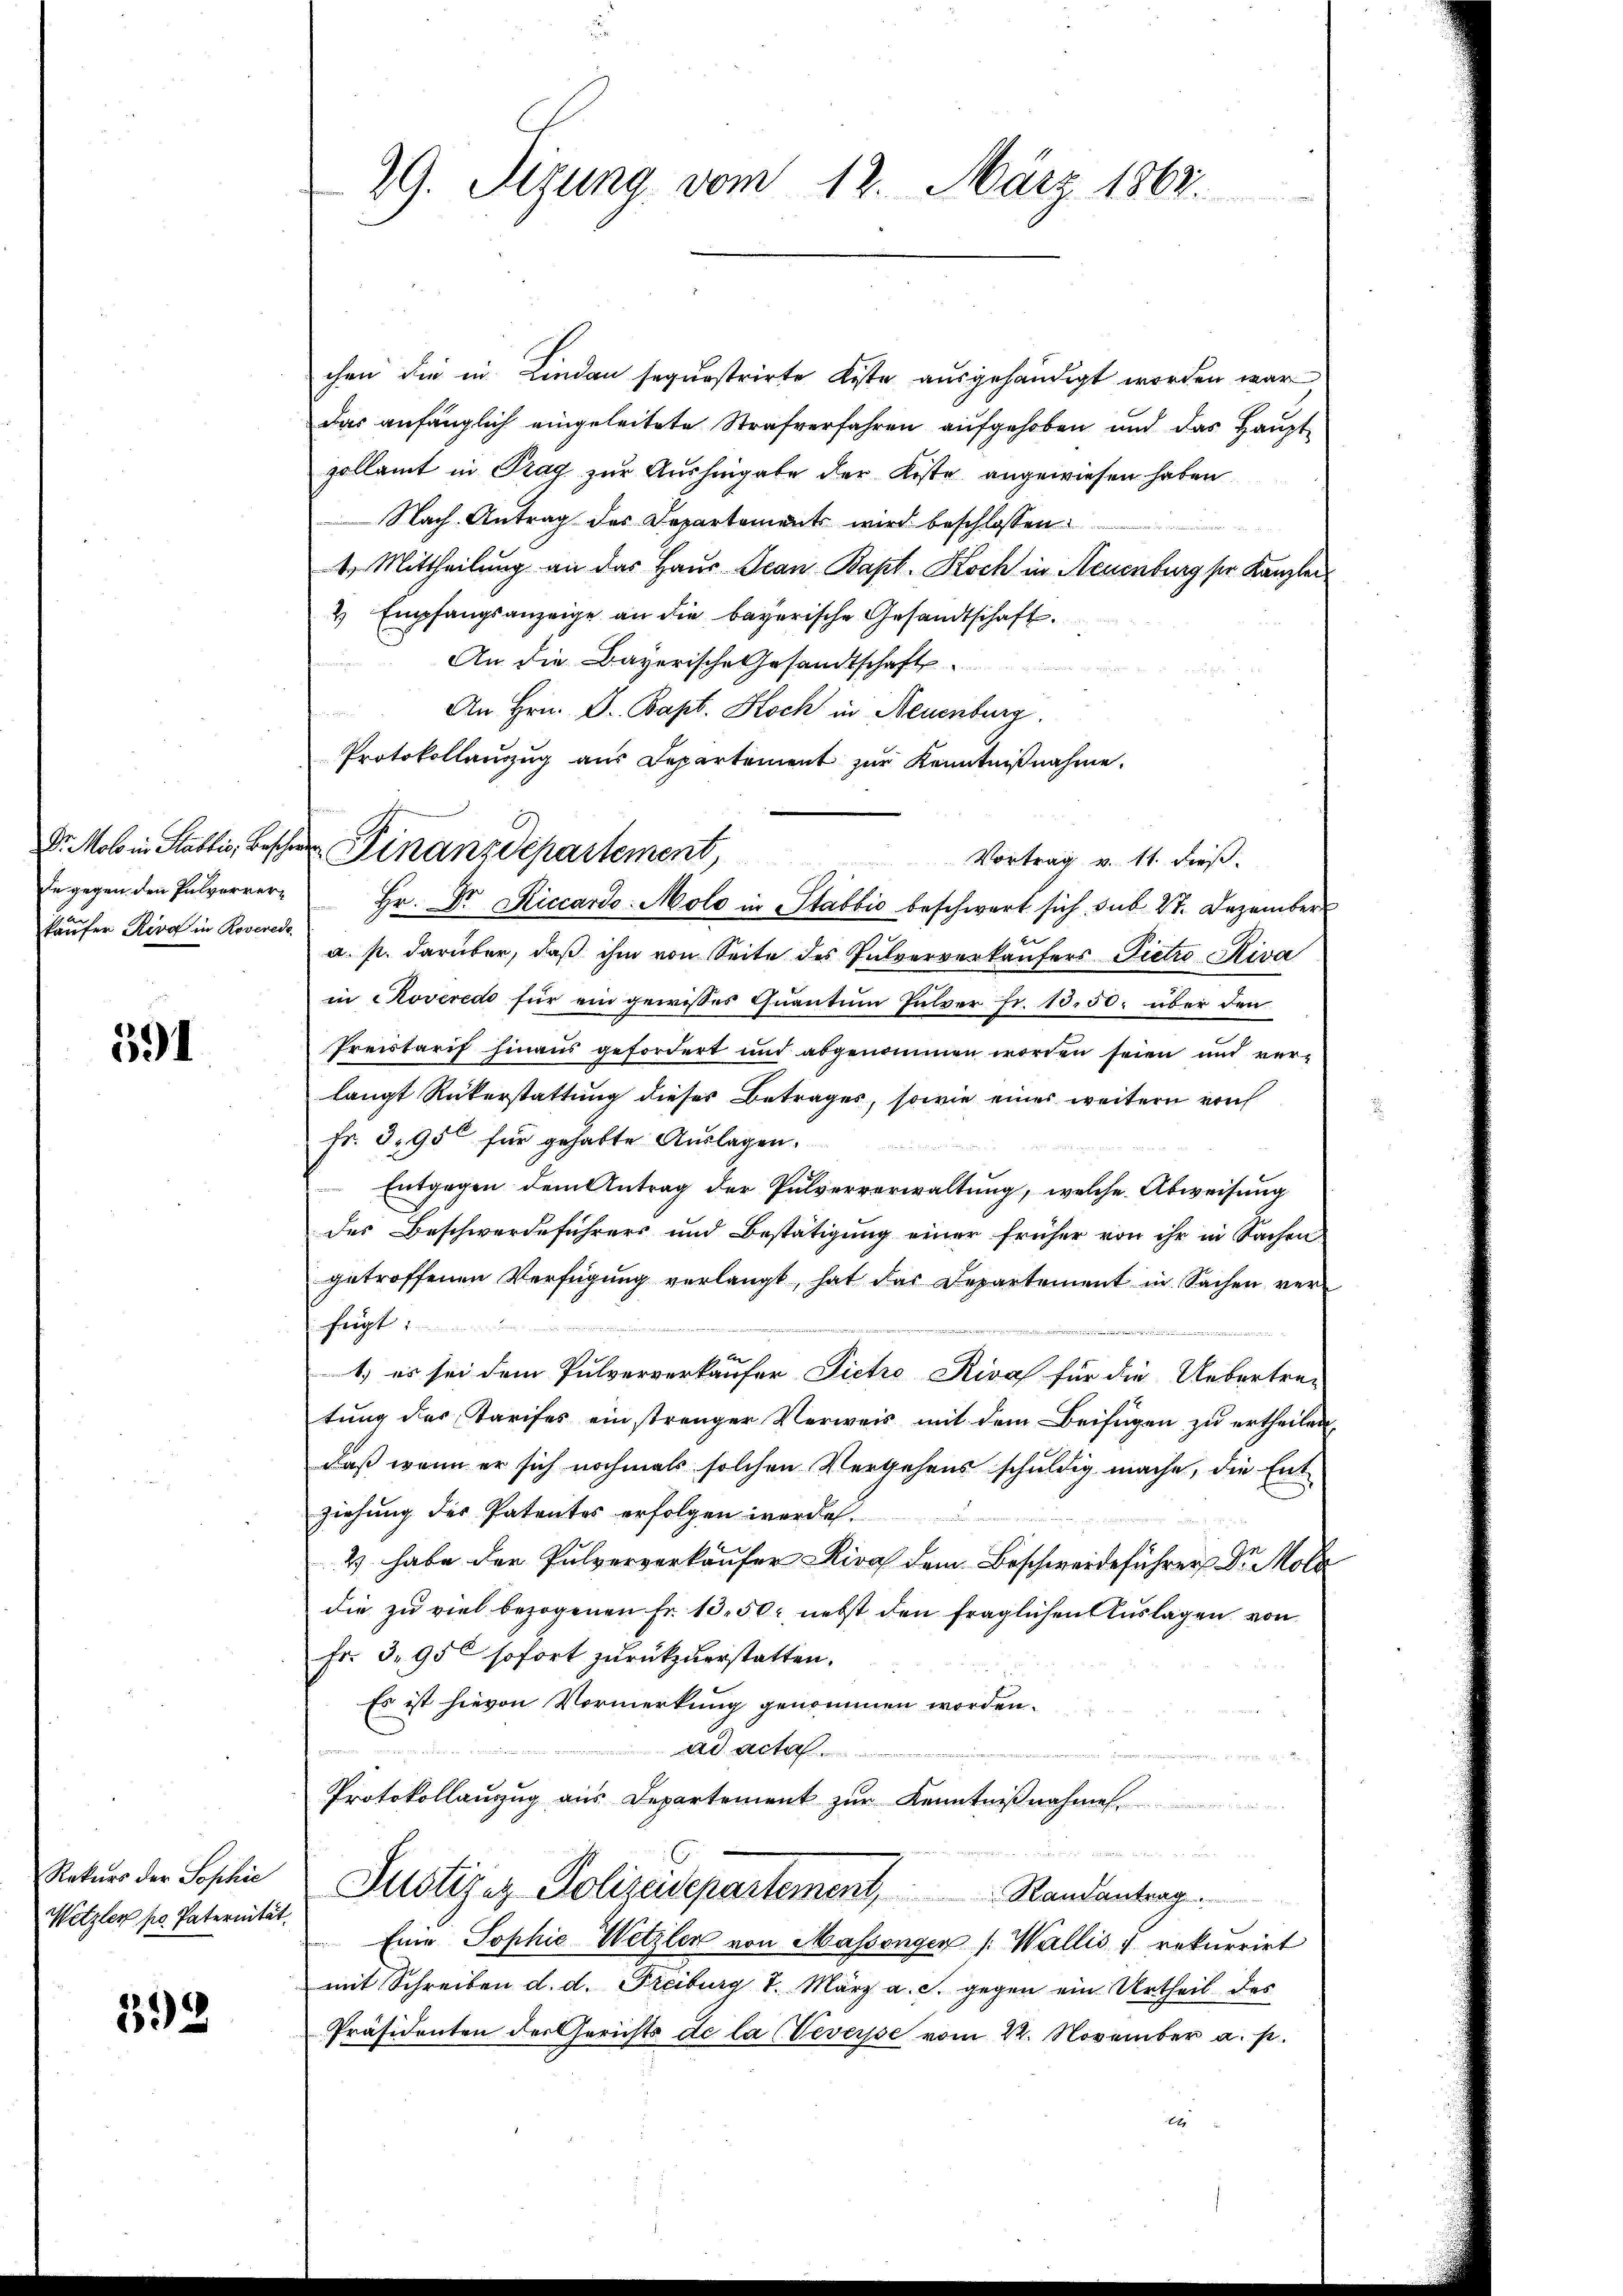
de gegen den Pulververkäufer Kira in Roverede

591

Rekurs der Sophie
Wetzler po Paternität.

392

chen die in Lindau sequestrirte Kiste ausgehändigt worden war
Das anfänglich eingeleitete Strafverfahren aufgehoben und das Hauptzollamt in Prag zur Aushingabe der Koste angewiesen haben
Nach Antrag des Departements wird beschlossen:
4. Mittheilung an das Haus Jean Bapt. Koch in Neuenburg ser Kanzler
4 Empfangsanzeige an die bayerische Gesandtschaft.
An die Bayerische Gesandtschaft
u
An Hrn. F. Bapt. Koch in Neuenburg.
Protokollauszug aus Departement zur Kenntnißnahme.
Vortrag v. 11. dieß.
Hr. Dr. Riccardo-Molo in Stabbio beschwert sich sub 27. Dezember
a. p. darüber, daß ihm von Seite des Pulververkaufers Pietro Riva
in Roveredo für ein gewisses Quantum Pulver fr. 10,50. über den
Preistarif hinaus gefordert und abgenommen worden seien und ver-
langt Rükerstattung dieses Betrages, sowie eines weitern nich
Fr. 3195 für gehabte Auslagen.
Entgegen dem Antrag der Pulververwaltung, welche Abweisung
des Beschwerdeführers und Bestätigung einer früher von ihr in Sachen
getroffenen Verfügung verlangt, hat das Departement in Sachen verfügt
i
i
1) es sei dem Pulververkaufer Pietro Riva für die Uebertra-
tung des Tarifes einstrenger Verweis mit dem Beifügen zu ertheilen,
daß wenn er sich nochmals solchen Vergehens schuldig mache, die Ent-
ziehung des Patentes erfolgen werde.
2) habe der Pulververkaufer Kira dem Beschwerdeführer Dr. Mola
die zu viel bezogenen Fr. 13. 50. nebst den fraglichen Auslagen von
Fr. 3. 95 sofort zurückzuerstatten.
Es ist hievon Vormerkung genommen worden.
ad acta

s
Protokollauzug aus Departement zur Kenntnißnahmen.
Justiziz Polizeidepartement                 Randantrag
Eine Sophie Wetzler von Massenger /: Wallis u. rekurrirt
mit Schreiben d. d. Freiburg 1. März a. c. gegen ein Urtheil des
Präsidenten des Gerichts de la (Veverse vom 22. November a. p.
e

29. Sizung vom 12. März 1862

Dr. Molo in Stablis, beschen Finanzdepartement,